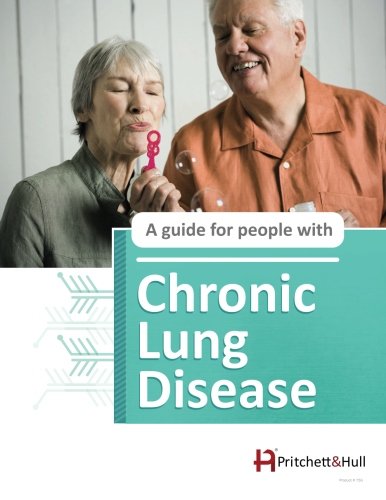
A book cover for Chronic Lung Disease (75G); Pritchett & Hull; Health, Fitness & Dieting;